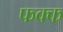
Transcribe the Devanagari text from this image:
फक्क